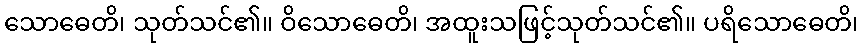
သောဓေတိ၊ သုတ်သင်၏။ ဝိသောဓေတိ၊ အထူးသဖြင့်သုတ်သင်၏။ ပရိသောဓေတိ၊